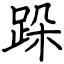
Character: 跺